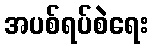
အပစ်ရပ်စဲရေး